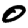
Digit: 0